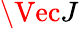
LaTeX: \Vec{J}